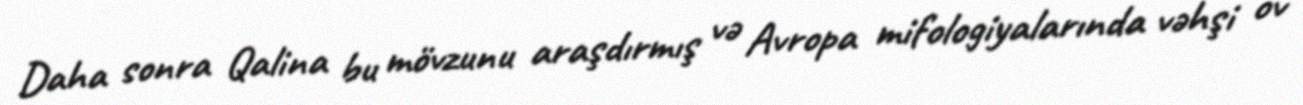
Daha sonra Qalina bu mövzunu araşdırmış və Avropa mifologiyalarında vəhşi ov